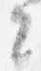
々